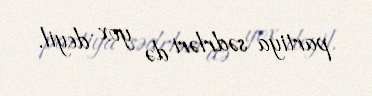
partiya sədrləri də yox deyil.